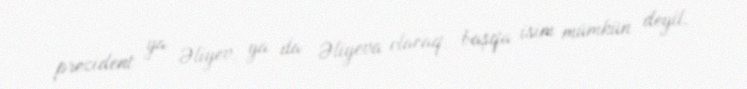
prezident ya Əliyev, ya da Əliyeva olacaq, başqa isim mümkün deyil.